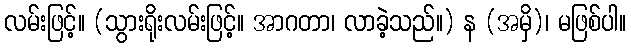
လမ်းဖြင့်။ (သွားရိုးလမ်းဖြင့်။ အာဂတာ၊ လာခဲ့သည်။) န (အမှိ)၊ မဖြစ်ပါ။